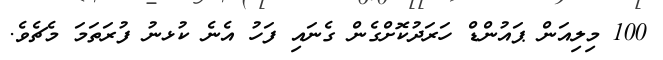
100 މިލިއަން ޕައުންޑް ހަރަދުކޮށްގެން ގެނައި ފަހު އެނެ ކުޅނު ފުރަތަމަ މެޗެވެ.